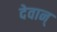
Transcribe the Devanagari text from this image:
देवान्